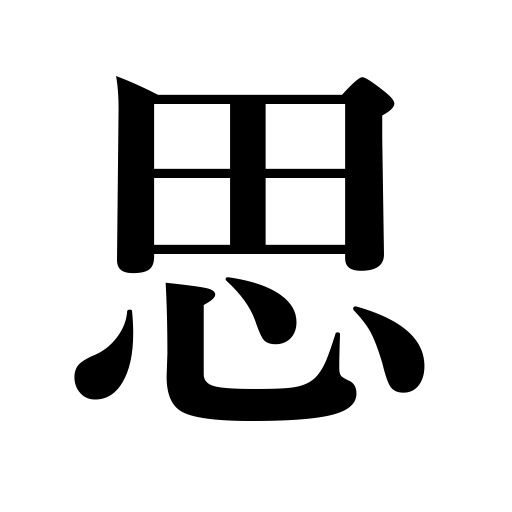
Meanings: regard as,care for,desire,anticipate,wonder,realize,mistake for,esteem,consider,suspect,imagine,suppose,think,believe,intend,feel like,love,recall,yearn after,judge,guess